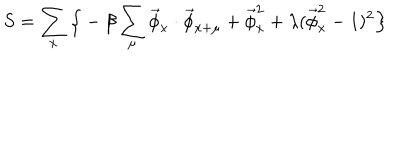
LaTeX: S = \sum _ { x } \Big \{ - \beta \sum _ { \mu } \vec { \phi } _ { x } \cdot \vec { \phi } _ { x + \mu } + \vec { \phi } _ { x } ^ { 2 } + \lambda ( \vec { \phi } _ { x } ^ { 2 } - 1 ) ^ { 2 } \Big \}